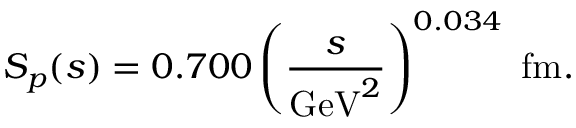
S _ { p } ( s ) = 0 . 7 0 0 \left( \frac { s } { \mathrm { G e V } ^ { 2 } } \right) ^ { 0 . 0 3 4 } \mathrm { ~ f m } .